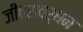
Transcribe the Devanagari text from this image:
जीवसंवर्धन